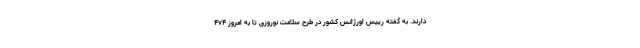
دارند. به گفته رییس اورژانس کشور در طرح سلامت نوروزی تا به امروز ۴۷۴